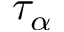
\tau _ { \alpha }